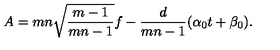
A = m n \sqrt { \frac { m - 1 } { m n - 1 } } f - \frac { d } { m n - 1 } ( \alpha _ { 0 } t + \beta _ { 0 } ) .